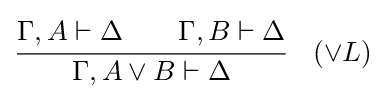
{\cfrac {\Gamma ,A\vdash \Delta \qquad \Gamma ,B\vdash \Delta }{\Gamma ,A\lor B\vdash \Delta }}\quad ({\lor }L)